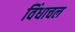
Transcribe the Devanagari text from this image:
विंधाचल